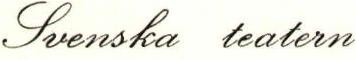
Svenska teatern